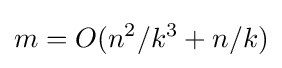
m=O(n^{2}/k^{3}+n/k)